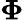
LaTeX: \boldsymbol{\Phi}